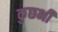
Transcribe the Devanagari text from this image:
कुछभी